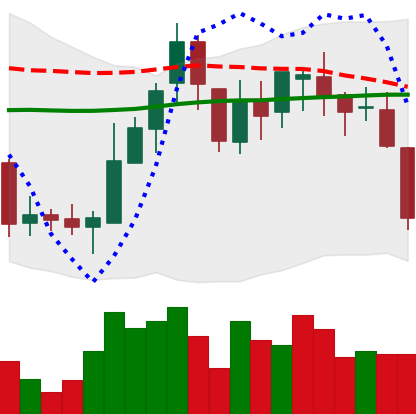
Ticker: BNB-USD
Chart end date: 2018-08-08
Forward return: -15.774%
Label: down_7plus